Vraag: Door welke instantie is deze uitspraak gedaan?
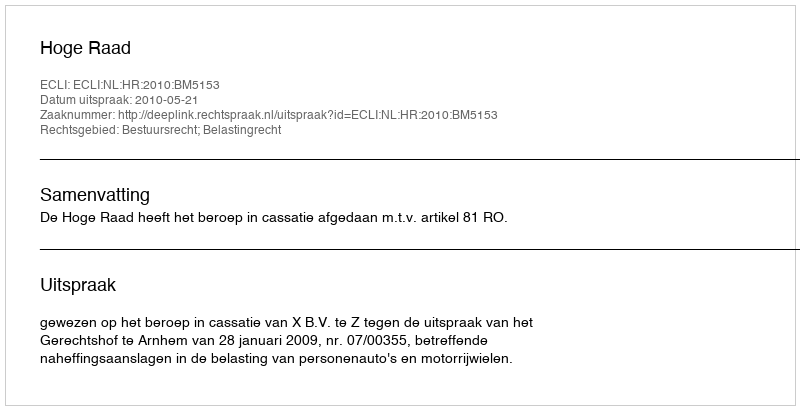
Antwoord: Hoge Raad